Annual statistical returns and brief notes on vaccination in Bengal - 1887-1898
Year: 1887
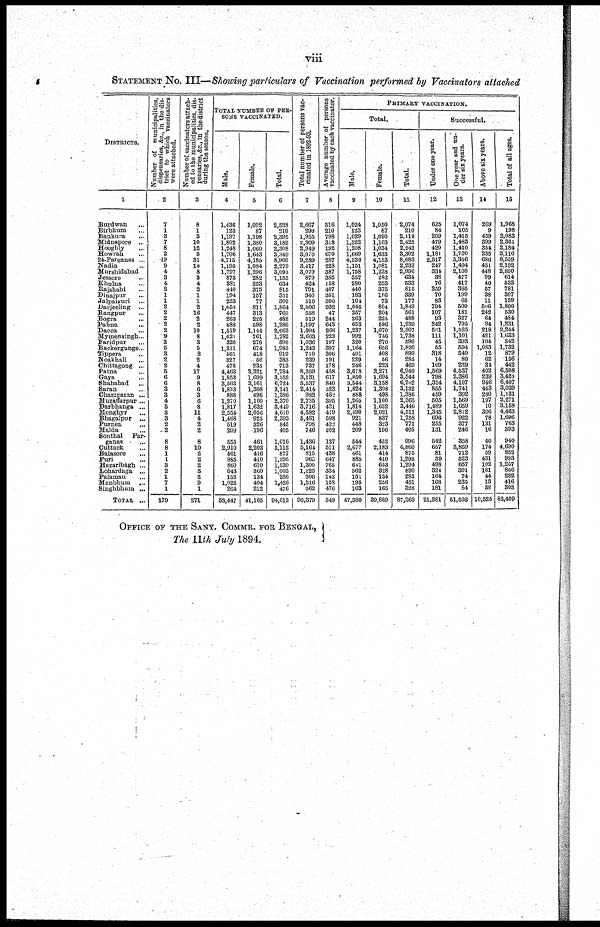
viii
STATEMENT No. III—Showing particulars of Vaccination performed by Vaccinators attached
DISTRICTS.
1
Burdwan ...
Birbhum ...
Bankura ...
Midnapore ...
Hooghly ...
Howrah ...
24-Parganas ...
Nadia ...
Murshidabad ...
Jessore ...
Khulna ...
Rajshahi ...
Dinajpur ...
Jalpaiguri ...
Darjeeling ...
Rangpur ...
Bogra ...
Pabna ...
Dacca ...
Mymensingh...
Faridpur ...
Backergunge ...
Tippera ...
Noakhali ...
Chittagong ...
Patna ...
Gaya ...
Shahabad ...
Suran ...
Champaran ...
Muzaffarpur ...
Darbhanga ...
Monghyr ...
Bhagalpur ...
Purnea ...
Malda ...
Sonthal Par-
ganas ...
Cuttack ...
Balasore ...
Puri ...
Hazaribágh ...
Lohardaga ...
Palamau ...
Monbhum ...
Singhbhum ...
TOTAL ...
Number of municipalities.
dispensaries, &c., in the dis-
trict to which vaccinators
were attached.
2
7
1
3
7
8
2
10
9
4
3
4
2
1
1
2
2
2
2
2
9
3
5
3
2
2
5
6
6
3
3
4
5
3
3
2
2
8
8
1
1
3
2
1
7
1
179
Number of vaccinators attach-
ed to the municipalities, dis-
pensaries, &c.,
in the district
during the season.
3
8
1
3
10
12
5
31
10
8
3
4
2
1
1
2
16
2
2
10
8
3
5
3
2
4
17
9
8
6
3
6
8
11
4
2
2
8
10
2
2
2
3
2
9
1
271
TOTAL NUMBER OF PER-
SONS VACCINATED.
Male.
4
1,436
123
1,197
1,802
1,248
1,706
4,715
1,195
1,797
873
381
440
104
223
1,053
447
263
688
1,519
1,021
320
1,311
501
327
478
4,463
1,853
3,563
1,833
888
1,270
1,817
2,554
1,468
519
209
555
2,910
461
885
860
643
152
1,022
264
53,447
Female.
5
1,092
87
1,198
1,380
1,060
1,643
4,185
1,084
1,296
282
253
375
157
77
811
313
225
598
1,144
761
270
674
418
56
235
3,321
1,699
3,161
1,308
498
1,100
1,632
2,056
925
326
196
461
2,202
416
410
670
360
134
404
212
41,165
Total.
6
2,523
210
2,395
3,182
2,308
3,349
8,900
2,279
3,093
1,155
634
815
351
300
1,864
760
488
1,286
2,663
1,782
590
1,985
919
383
713
7,784
3,552
6,724
3,141
1,386
2,370
3,449
4,610
2,393
845
405
1,016
5,112
877
1,295
1,530
1,003
286
1,426
476
94,612
Total number of persons vac-
cinated in 1892-93.
7
2,667
290
1,955
2,309
2,949
3,070
9,289
3,417
3,079
879
424
791
340
510
2,006
558
519
1,197
1,994
2,603
1,036
1,243
710
239
737
8,359
3,131
5,537
2,414
982
2,735
3,716
4,582
5,481
798
746
1,436
5,164
815
960
1,300
1,225
306
1,516
362
96,379
Average number of persons
vaccinated by each vaccinator.
8
316
210
798
318
192
670
287
228
387
385
158
407
351
300
932
47
244
643
266
223
197
307
306
191
178
458
617
840
323
462
395
431
419
598
422
202
127
511
438
647
765
334
143
158
476
349
PRIMARY VACCINATION.
Total.
Male.
9
1,024
123
1,029
1,322
1,208
1,669
4,530
1,151
1,758
352
280
440
183
104
1,045
357
263
653
1,237
992
320
1,164
491
229
246
3,678
1,850
3,544
1,824
888
1,265
1,814
2,490
921
448
209
544
2,677
461
885
601
562
151
195
163
47,380
Female.
10
1,050
87
1,090
1,103
1,034
1,633
4,153
1,081
1,238
282
253
375
156
73
804
204
225
586
1,070
746
270
656
408
56
223
3,271
1,694
3,158
1,398
498
1,100
1,632
2,021
837
323
196
452
2,183
414
410
653
328
134
256
165
39,889
Total.
11
2,074
210
2,119
2,425
2,242
3,302
8,683
2,232
2,996
634
533
815
339
177
1,849
561
488
1,239
2,307
1,738
590
1,820
899
285
469
6,949
3,544
6,702
3,132
1,386
2,365
3,446
4,511
1,758
771
405
996
4,860
875
1,295
1,294
890
285
451
328
87,269
Successful.
Under one year.
12
625
84
209
479
420
1,181
2,517
247
331
33
76
359
70
83
794
107
93
342
501
111
45
55
318
14
169
1,569
798
1,354
855
459
505
1,489
1,345
696
255
131
542
657
81
39
498
324
164
168
181
21,381
One year and un-
der six years.
13
1,074
105
1,415
1,483
1,410
1,700
5,356
1,494
2,108
477
417
365
199
65
500
181
327
795
1,525
1,101
393
594
549
80
239
4,537
2,386
4,107
1,741
392
1,569
1,659
2,812
922
377
246
358
3,859
712
523
657
301
74
235
84
51,503
Above six years.
14
269
9
459
399
354
235
686
451
448
99
40
57
38
11
506
242
64
94
218
421
104
1,083
12
62
34
402
239
946
443
280
197
10
306
78
131
16
40
174
59
431
102
181
44
13
38
10,525
Total of all ages.
15
1,968
198
2,083
2,361
2,184
3,116
8,559
2,192
2,890
614
533
781
307
159
1,800
530
484
1,231
2,244
1,633
542
1,732
879
156
442
6,508
3,420
6,407
3,039
1,131
2,271
3,158
4,463
1,696
763
393
940
4,690
852
993
1,257
806
282
416
303
83,409
OFFICE OF THE SANY. COMMR. FOR BENGAL,
The 11th July 1894.